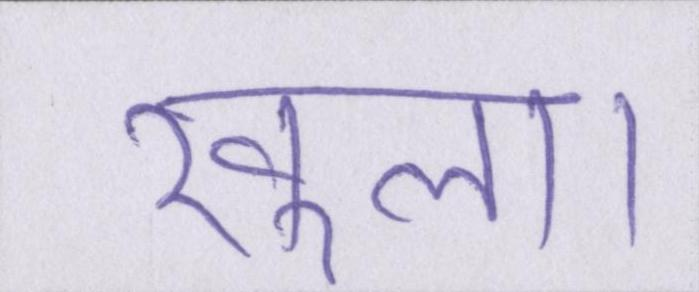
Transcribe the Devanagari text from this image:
खुला।